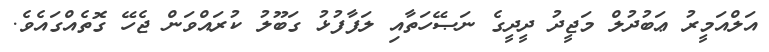
އަލްއަމީރު ޢަބުދުލް މަޖީދު ދީދީގެ ނަޞޭހަތާއި ލަފާފުޅު ގަބޫލު ކުރައްވަން ޖެހޭ ގޮތެއްގައެވެ.